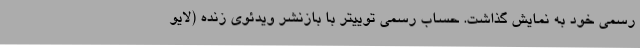
رسمی خود به نمایش گذاشت. حساب رسمی توییتر با بازنشر ویدئوی زنده (لایو